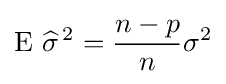
\operatorname {E} \,{\widehat {\sigma }}^{\,2}={\frac {n-p}{n}}\sigma ^{2}